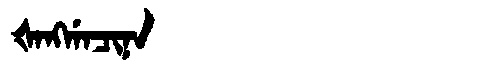
Manchu: ᡧᠠᠩᡤᠠᠴᡳᠨᠠ
Romanization: ŠANGGACINA